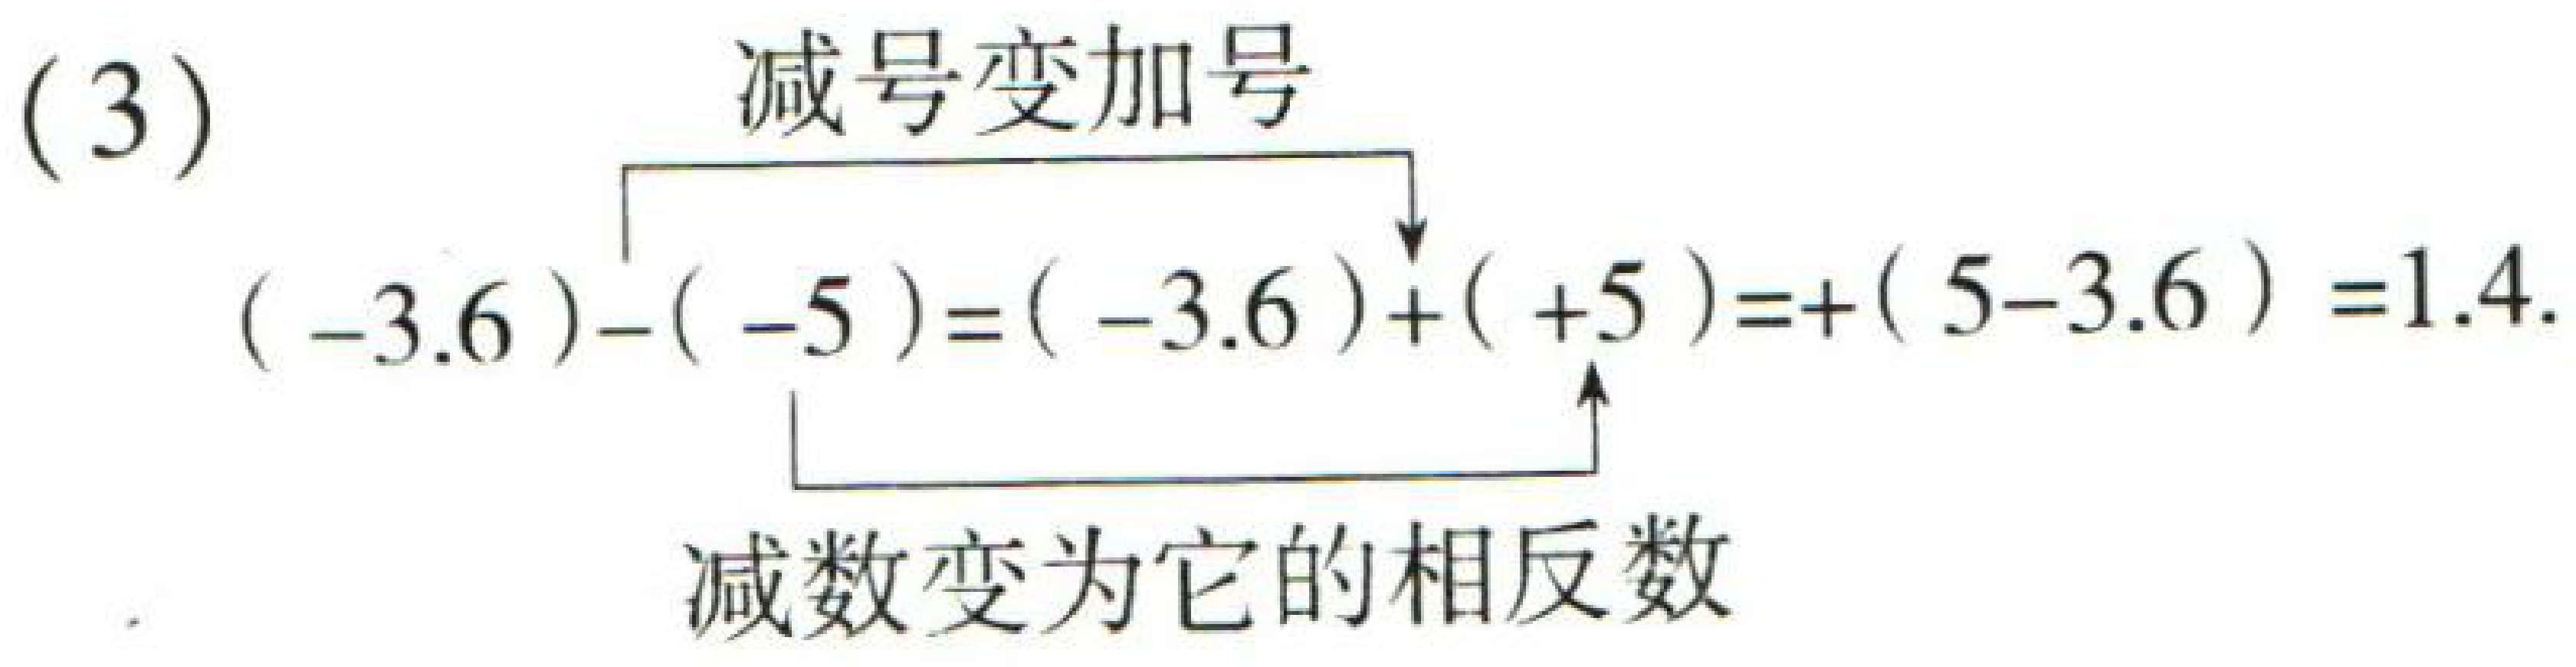
(3) \( (-3.6)-(-5)=(-3.6)+(+5)=+(5 - 3.6)=1.4 \)